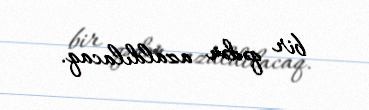
bir qədər azaldılacaq.